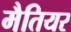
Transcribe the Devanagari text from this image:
मैतियर